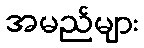
အမည်များ